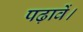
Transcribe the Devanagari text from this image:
पढ़ावें।